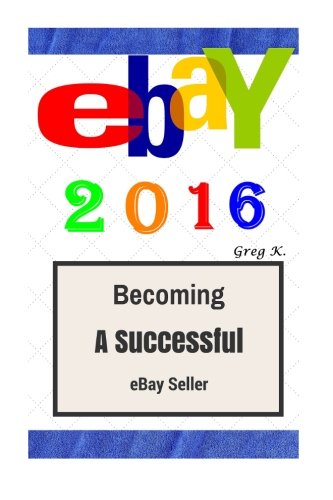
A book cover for ebay: 2016 (How to make $10,000 per month Selling Stuff on eBay : Step by Step); Greg K.; Computers & Technology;